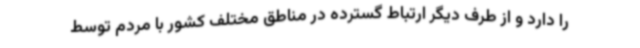
را دارد و از طرف دیگر ارتباط گسترده در مناطق مختلف کشور با مردم توسط